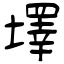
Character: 墿